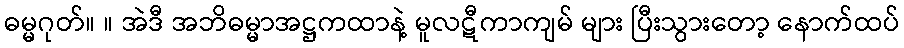
ဓမ္မဂုတ်။ ။ အဲဒီ အဘိဓမ္မာအဋ္ဌကထာနဲ့ မူလဋီကာကျမ် များ ပြီးသွားတော့ နောက်ထပ်